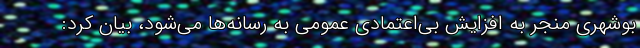
بوشهری منجر به افزایش بی‌اعتمادی عمومی به رسانه‌ها می‌شود، بیان کرد: